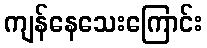
ကျန်နေသေးကြောင်း